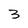
Character: 3